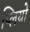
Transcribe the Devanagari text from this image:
प्लियो